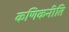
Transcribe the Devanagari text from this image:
कणिकनीति